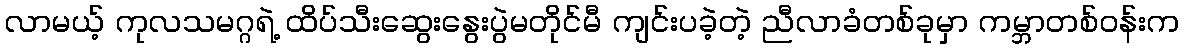
လာမယ့် ကုလသမဂ္ဂရဲ့ ထိပ်သီးဆွေးနွေးပွဲမတိုင်မီ ကျင်းပခဲ့တဲ့ ညီလာခံတစ်ခုမှာ ကမ္ဘာတစ်ဝန်းက